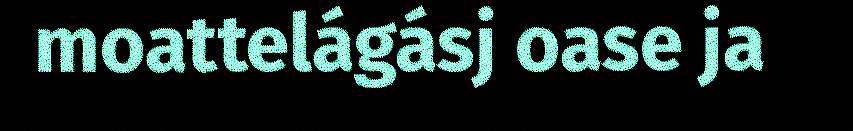
moattelágásj oase ja